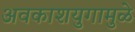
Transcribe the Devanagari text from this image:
अवकाशयुगामुळे